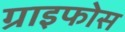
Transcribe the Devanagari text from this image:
ग्राइफोस